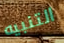
التنبيه